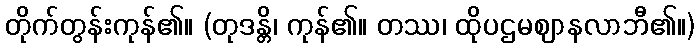
တိုက်တွန်းကုန်၏။ (တုဒန္တိ၊ ကုန်၏။ တဿ၊ ထိုပဌမဈာနလာဘီ၏။)